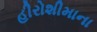
હીરોશીમાના